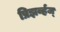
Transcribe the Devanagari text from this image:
प्रिझर्व्हज्